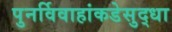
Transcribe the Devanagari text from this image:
पुनर्विवाहांकडेसुद्धा